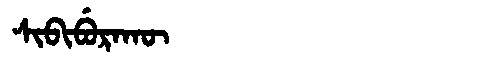
Manchu: ᠰᡳᠪᡳᠪᡠᡵᠠᡴᡡ
Romanization: SIBIBURAKŪ